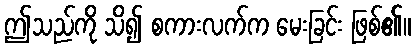
ဤသည်ကို သိ၍ စကားလက်က မေးခြင်း ဖြစ်၏။